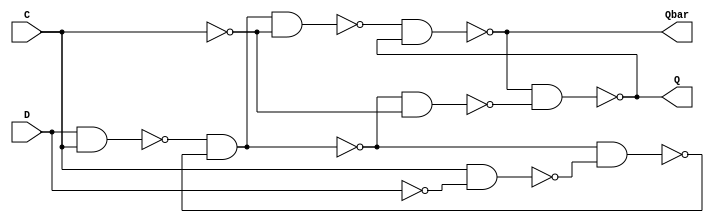
`timescale 1ns / 1ns
//////////////////////////////////////////////////////////////////////////////////
// Company: 
// Engineer: 
// 
// Design Name: 
// Module Name: MSDFF
// Project Name: 
// Target Devices: 
// Tool Versions: 
// Description: 
// 
// Dependencies: 
// 
// Revision:
// Revision 0.01 - File Created
// Additional Comments:
// 
//////////////////////////////////////////////////////////////////////////////////


module MSDFF(D, C, Q, Qbar);
input D, C;
output Q, Qbar ;

not 
    NT1(NotD, D),
    NT2(NotC, C),
    NT3(NotY,Y);
    
nand 
    ND1(D1,D,C),
    ND2(D2, C ,NotD),
    ND3(Y, D1, Ybar),
    ND4(Ybar, Y ,D2),
    ND5(Y1,Y,NotC),
    ND6(Y2, NotY,NotC),
    ND7(Q, Qbar, Y1),
    ND8(Qbar,Y2,Q);
    
endmodule